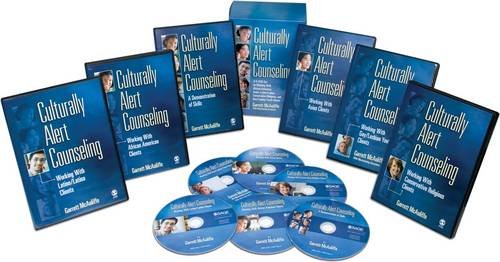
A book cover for Culturally Alert Counseling: A 6-DVD Set on Working With African American, Asian, Latino/Latina, Conservative Religious, and Gay/Lesbian Youth Clients; Garrett J. McAuliffe; Medical Books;